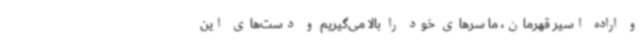
و اراده اسیر قهرمان، ما سرهای خود را بالا می‌گیریم و دست‌های این